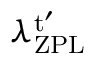
\lambda _ { \mathrm { Z P L } } ^ { \mathrm { t } ^ { \prime } }